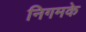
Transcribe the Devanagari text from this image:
निगमके